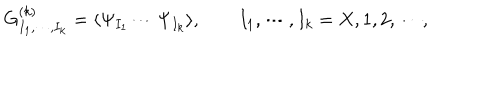
G _ { I _ { 1 } , \cdots , I _ { k } } ^ { ( k ) } = \langle \Psi _ { I _ { 1 } } \cdots \Psi _ { I _ { k } } \rangle , ~ ~ I _ { 1 } , \cdots , I _ { k } = X , 1 , 2 , \cdots ,